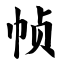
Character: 帧